Report on sanitation, dispensaries, and jails in Rajputana for 1915, and on vaccination for the year 1915-1916 - 1915-1916
Year: 1915
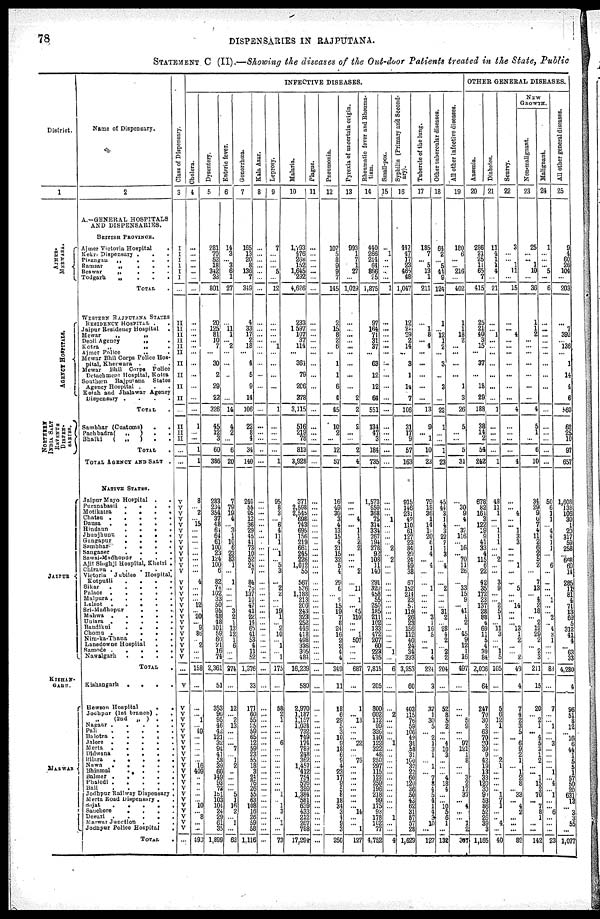
78
DISPENSARIES IN RAJPUTANA.
STATEMENT C (II) —Showing the diseases of the Out-door Patients treated in the State, Public
District.
1
AJMER¬
MERWARA.
AGENCY HOSPITALS.
NORTHERN
INDIA SALT
RAVENUE
DISPEN¬
SARIES.
JAIPUR
KISHAN¬
GARH.
MARWAR
Name of Dispensary.
2
A.—GENERAL HOSPITALS
AND DISPENSARIES.
BRITISH PROVINCE.
Ajmer Victoria Hospital
.
Kekri Dispensary .
.
.
Pisangan
„
.
.
.
Ramsar
„
.
.
.
Beawar
„
.
.
.
Todgarh
„
.
.
.
TOTAL .
WESTERN RAJPUTANA STATES
RESIDENCY HOSPITAL . .
Jaipur Residency Hospital ..
Mewar
„
„
Deoli Agency
„
.
Kotra
„
„
.
Ajmer Police „ .
Mewar Bhil Corps Police Hos-
pital, Kherwara . . .
Mewar Bhil Corps Police
Detachment Hospital, Kotra
Southern
Rajputana
States
Agency Hospital . . .
Kotah and Jhalawar Agency
Dispensary
.
.
.
.
TOTAL .
Sambhar (Customs)
.
.
Pachbadra(
„
) . .
Bhatki
(
„
) . .
TOTAL .
TOTAL AGENCY AND SALT
.
NATIVE STATES.
Jaipur Mayo Hospital .
.
Puranabasti
.
.
.
.
Motikatra
.
.
.
.
Chatsu
.....
Dausa
.....
Hindaun
.
.
.
.
Jhunjhunu
.
.
.
.
Gangapur
.
.
.
.
Sanbhar
.
.
.
.
Sanganer
.
.
.
.
Sawai-Madhopur
.
.
.
Ajit Singhji Hospital, Khetri .
Chirawa
.....
Victoria
Jubilee
Hospital,
Kotputli
.
.
.
.
Sikar
.....
Palace .....
Malpura
.....
Lelsot
.
.
.
.
.
Sri-Madhopur
.
.
.
Mahwa
.....
Uniara
.....
Bandlkui
.
.
.
.
Chomu
.....
Nim-ka-Thana
...
Lanadowne Hospital ..
Samode
.....
Nawalgarh
.
.
.
.
TOTAL
.
Kishangarh
.
.
.
.
Hewson Hospital
.
.
Jodhpur (1st branch) .
.
„
(2nd „ ) . .
Nagaur
.....
Pali
.
.
.
.
.
Balotra
.....
Jalore
.....
Merta
.....
Didwana
.
.
.
.
Bilara
.....
Nawa
.
.
.
.
.
Bhinmal
.
. . .
Balmer
.....
Phalodi
.....
Bali
.....
Jodhpur Railway Dispensary .
Merta Road Dispensary . .
Sojat
.....
Sauchore
.
.
.
.
Desuri
.....
Marwar Junction .
.
.
Jodhpur Police Hospital
.
TOTAL
.
INFECTIVE DISEASES.
Class of Dispensary.
3
I
I
I
I
I
I
...
II
II
II
II
II
II
II
II
II
II
...
II
II
II
...
...
V
V
V
V
V
V
V
V
V
V
V
V
V
V
V
V
V
V
V
V
V
V
V
V
V
V
V
...
V
V
V
V
V
V
V
V
V
V
V
V
V
V
V
V
V
V
V
V
V
V
V
...
Cholera.
4
...
...
... ...
...
...
...
...
...
...
...
...
...
...
...
...
...
...
1
... ...
1
1
8
... 2
... 15
...
...
...
...
...
...
...
...
4
...
...
... 12
... 20
... 9
86
... 2
...
...
158
...
...
... 1
... 49
...
...
...
...
... 16
409
...
...
...
...
...
10
...
8
...
...
493
Dysentery.
5
281
70
52
18
342
38
801
20
125
81
10
7
...
30
2
29
22
326
45
12
3
60
386
283
234
354
37
48
64
64
61
100
23
124
100
6
82 74
102
33
50
95
48
48
101
59
60
21
16
74
2,361
51
353
96
95
46
42
121
32
94
41
58
39 60
149
93
72
181
103
104
24
29
61
35
1,899
Entaric fever.
6
14
3
... 3
6
1
27
...
11
1
... 2
...
...
...
...
...
14
4
2
...
6
20
7
79
19
4
... 3
1
10
6
23
83
1
...
1
...
...
...
... 3
2
1
12
12
1
6
...
...
274
...
12
... 2
13
...
... ...
7
... 1
2
... ...
...
...
5
1
16
2
...
1
...
62
Gonorrhœa.
7
165
13
20
8
136
7
349
4
33
17
2
18
...
4
5
9
14
106
22
8
4
34
140
240
55
95
12
36
29
45
41
73
10
52
24
7
84
76
137
10
47
41
22
14
65
41
53
4
11
52
1,376
33
171
60
55
25
59 65
12
59
23 55
18 3
24
76
26
55
63
108 16
26
59
58
1,116
Kala
Azar.
8
...
...
...
...
...
...
...
...
...
...
...
...
...
...
...
...
...
...
...
...
...
...
...
...
...
...
...
...
...
...
...
...
...
...
...
...
...
...
...
...
...
...
...
...
...
...
...
...
...
...
...
...
...
...
...
...
...
... ...
...
...
...
... ... ...
...
...
...
...
...
...
...
...
...
...
Leprosy.
9
7
...
...
... 5
...
12
...
...
...
... 1
...
...
...
...
...
1
...
...
...
...
1
95
8
3
... 6
4
11
1
... 1
... 5
3
...
2
2
...
... 19
1
... 2
10
... 1
... 1
175
...
58
2
1
...
...
... 6
...
...
...
... ... ...
...
... 1
...
1
3
...
1
...
73
Malaria.
10
1,793
476
268
152
1,645
292
4,626
233
1,597
107
37
114
...
361
79
206
378
3,115
516
219
78
813
3,928
371
2,598
2,545
698
743
695
156
219
661
245
226
1,012
55
567
536
1,188
213
206
243
323
252
446
418
498
336
305
484
16,239
580
2,970
1,187
1,157
1,034
732
749
174
789
248
362
1,457
412
754
576
389
1,384
581
639
433
212
267
788
17,294
Plague.
11
...
...
... ...
...
...
...
...
...
...
...
...
...
...
...
...
...
...
...
...
...
...
...
...
...
...
...
...
...
...
...
...
...
...
...
...
...
...
...
...
...
...
...
...
...
...
...
...
...
...
...
...
...
...
...
...
...
...
...
...
...
...
... ... ...
...
...
...
...
...
...
...
...
...
...
Pneumonia.
12
107
5
8
9
9
7
145
2
l5
8
2
6
...
1
1
6
3
45
10
2
...
12
57
16
49
30
3
4
13
15
4
21
15
32
5
4
29
6 ... 9
15
19
7
8
24
16
2
2
4
4
349
11
18
6
29
5
3
10
9
18
6
9
4
23
17
9 5
8
18
34
3
1
...
...
250
Pyrexia of uncertain origin.
13
993
1
7
1
27
...
1,029
...
...
...
...
...
...
...
...
...
2
2
2
...
...
2
4
...
...
...
4
... 1
1
2
2
...
...
... 2
...
11
... 1
... 45
110
...
... 1
507
...
...
...
687
...
1
... 13
...
...
... 22
...
... 76
... ... ...
...
...
...
...
...
14
...
...
1
127
Rheumatic fever and Rheuma¬
tism.
14
440
266
214
64
866
25
1,875
97
164
... 31
37
...
63
12
12
64
551
134
47
3
184
735
1,573
659
368
75
314
334
267
194
278
92
108
11
140
291
320
458
55
250
185
211
102
133
472
207 60 223
435
7,815
205
800
602
112
99
326
140
122
322
48
250
297
115
122
259
196
218
99
175
93
178
162
77
4,752
Small-pox.
15
...
1
...
...
...
...
1
...
...
...
...
...
...
...
...
...
...
...
...
...
...
...
...
...
...
... 1
...
...
...
... 2
... 2
...
...
...
...
...
...
...
...
...
...
...
...
...
... 1
...
6
...
...
2
...
...
...
... 1
...
...
...
... ... ...
...
...
...
...
...
...
1
...
...
4
Syphilis
(Primary and second-
ary).
16
447
47
17
23
465
48
1,047
12
24
29
2
14
...
3
1
14
7
106
31
17 9
57
163
915
146
231
42
110
61
127
23
84
29
24
49
38
67
152
214
23
51
119
... 23
156
112
40
24
34
333
3,253
60
403
115
76
59
106
49
34
58
31
100
32
22
60
120
36
50
43 62
31
57
57
28
1,629
Tubercle of the lung.
17
185
7
... 5
13
1
211
...
1
8
...
4
...
...
...
...
...
13
9
... 1
10
23
79
18
36
1
14
10
20
6
1
4
... 4
...
...
1
...
...
...
... 3
1
16
5
...
... 1
4
224
3
37
1
30
5
... 2
1
3
1
... 1
... 7
8
4
5
4
1
4
3
10
...
127
Other tubercular diseases.
18
64
2
... 5
44
9
124
1
... 12
1
2
...
3
...
3
...
22
1
...
...
1
23
45
44
3
1
4
3
22
2
1
3
... 4
...
...
2
...
...
... 31
2
... 28
4
2
... 2
2
204
...
57
8
5
2
...
... 4
10
3
...
... ... 4
18
4
...
...
10
5 6
1
...
132
All other infective diseases.
19
180
6
...
... 216
...
402
1
1
18
2
...
...
...
...
1
3
26
5
...
...
5
31
...
30
9
4
... 32
116
... 16
... 70
11
26
...
33
15
9
... 41
1
2
... 45
9
12
1
16
497
...
...
... 5
9
...
... 97
121
1
8
... ... 3
2
17
37
...
4
...
...
1
2
307
OTHER GENERAL DISEASES.
Anæmia.
20
286
21
25
11
65
7
415
25
21
40
3
15
...
37
...
18
29
188
38
14
2
54
242
678
82
161
3
122
19
9
41
33
4
115
6
22
42
35
172
23
137
28
88
4
69
11
5
4
39
84
2,006
64
247
70
30
2
63
70
20
39
9
42
19
13
33
120
30
91
...
86
52
26
39
3
1,165
Diabetes
21
11
4
1
1
4
...
21
...
... 1
...
...
...
...
...
...
...
1
...
...
...
...
1
48
11
1
...
... 1
1
1
...
... 2
...
...
3
9
...
... 2
5
1
... 11
3
...
... 1
5
105
...
5
6
12
1
...
...
...
...
... 2
1
...
...
...
...
1
7 1
...
...
4
...
40
Scurvy.
22
3
... ... 1
11
...
15
...
... 4
...
...
...
...
...
...
...
4
...
...
...
...
4
...
... 4
...
... 1
3
3
...
...
... 1
...
...
5
...
... 14
...
...
... 13
1
2
...
... 2
49
4
7
4
2
3 5
... 6
9
2
1
... 1
2
8
...
33
...
4
2
...
...
...
89
NEW
GROWTH.
Non-malignant.
23
25
... ... 1
10
...
36
1
1
2
...
...
...
...
...
...
...
4
5
1
...
6
10
34
29
9
6
7
4
11
2
6
2
5
2
...
7
13
... 4
2
18
... 2
12
29
2
... 2
3
211
15
20
... 2
1
... 4
5
3
1
2
... ...
1
15
2
70
...
7
8
1
...
...
142
Malignant.
24
1
...
...
... 5
...
6
...
...
...
...
...
...
...
...
...
...
...
...
...
...
...
...
50
6
1
1
... 4
4
1
1
...
6
...
...
...
... 1
...
... 2
... 4
2 1
...
...
...
88
...
7
...
... 1
...
... 3
...
...
...
... 1
...
4
...
1
...
...
6
...
...
...
23
All
other general diseases.
25
9
4
60
26
104
...
203
...
7
392
... 136
...
1
14
4
6
560
62
25
10
97
657
1,608
138
106
30
1
20
317
59
258
... 668
69
14
285
11
81
4
71
13
69
5
312
41
4
...
63
33
4,280
4
96
51
8
12
... 16
6
44
1
5
... 1
57
50
20
631
13
...
3
3
55
...
1,077